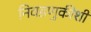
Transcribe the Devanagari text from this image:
निवडणुकीशी